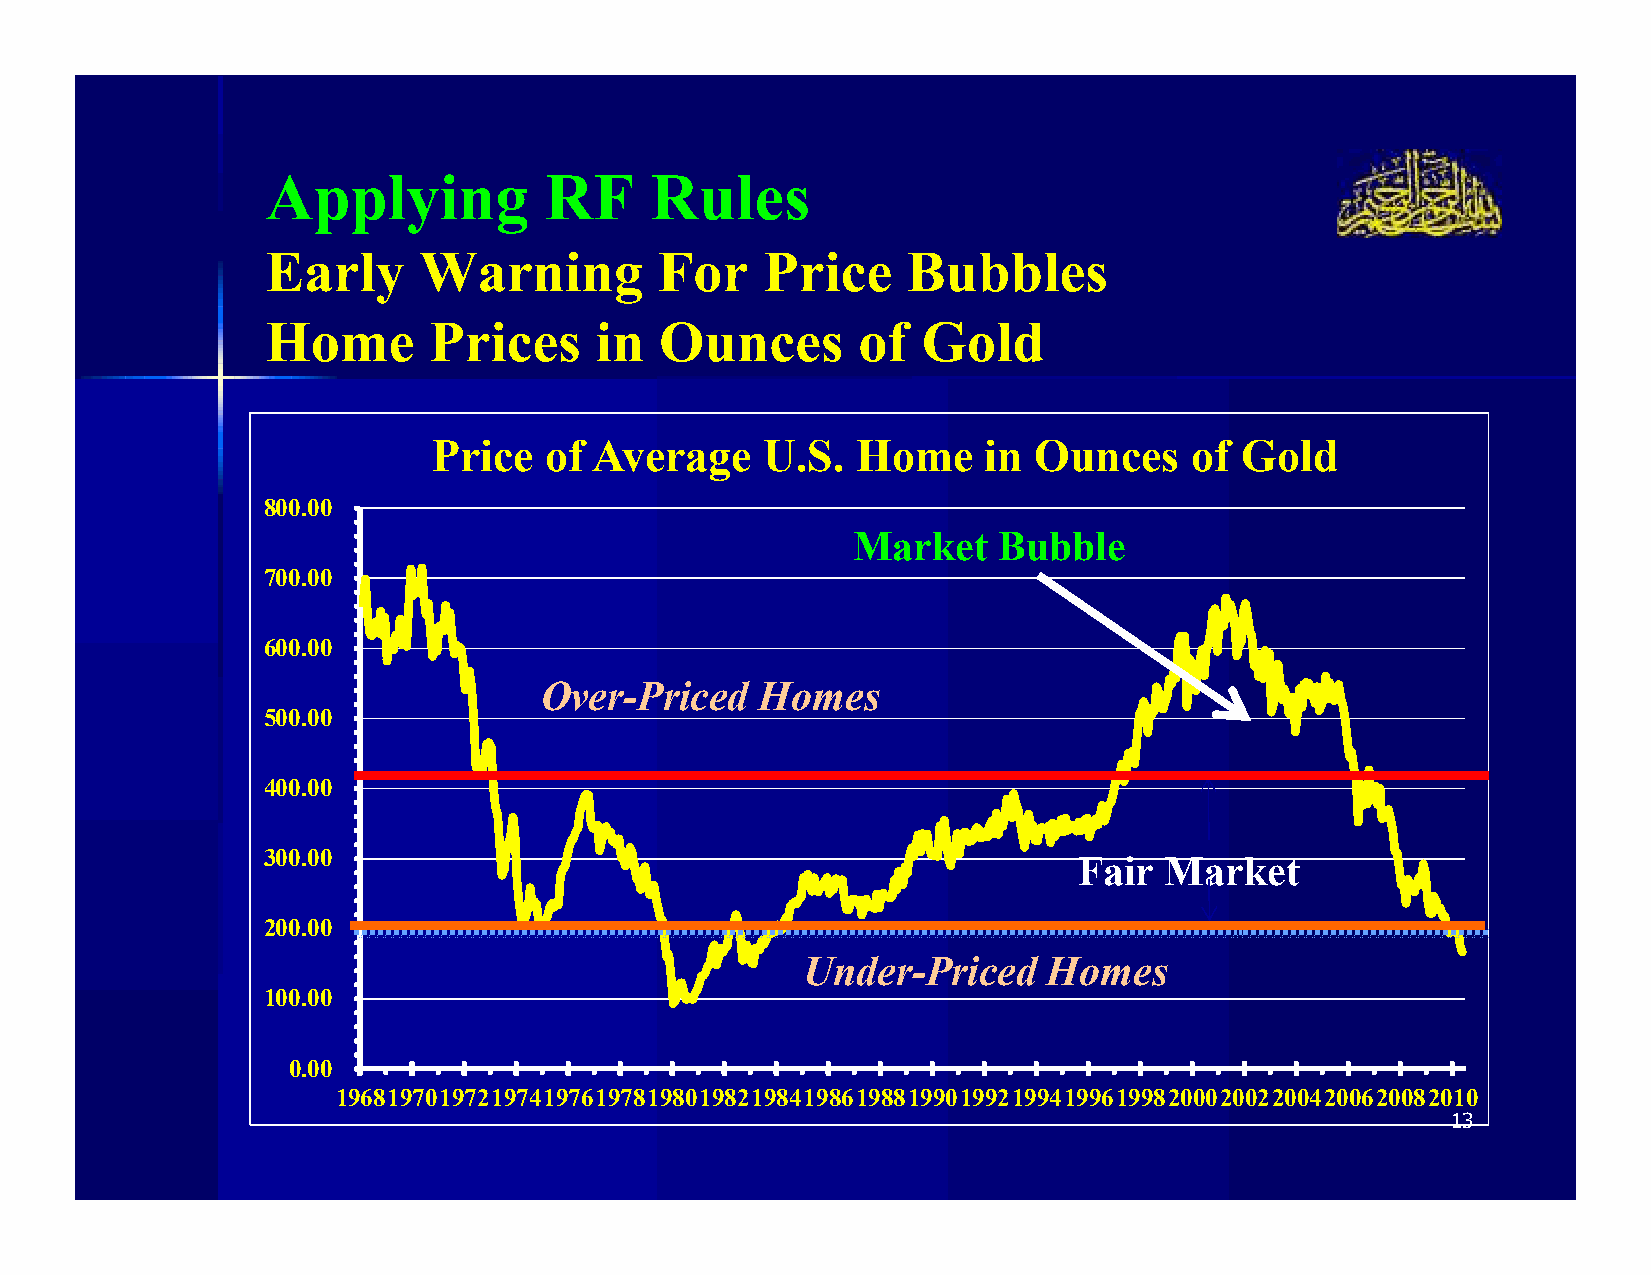
Applying          RF     Rules
 Early     Warning         For   Price     Bubbles
 Home      Prices     in   Ounces       of  Gold
 Price  of Average     U.S.  Home    in Ounces     of Gold
 800.00
 Market    Bubble
 700.00
 600.00
 Over-Priced   Homes
 500.00
 400.00
 300.00                                                Fair  Market
 200.00
 Under-Priced    Homes
 100.00
 0.00
 1968197019721974197619781980198219841986198819901992199419961998200020022004200620082010
 13